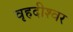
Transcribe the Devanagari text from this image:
वृहदीश्‍वर